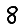
Digit: 8